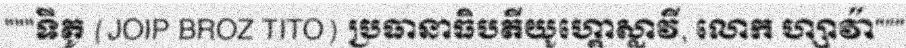
"""ទីតូ (JOIP BROZ TITO) ប្រធានាធិបតីយូហ្គោស្លាវី, លោក ហ្សាវ៉ា"""